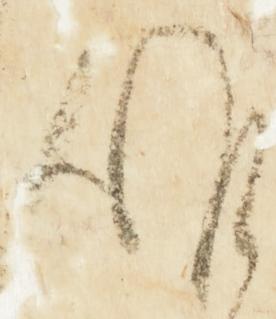
候